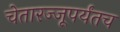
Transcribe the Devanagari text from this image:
चेतारज्जूपर्यंतच